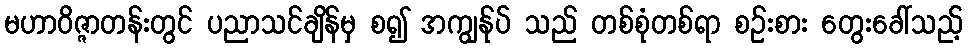
မဟာဝိဇ္ဇာတန်းတွင် ပညာသင်ချိန်မှ စ၍ အကျွန်ုပ် သည် တစ်စုံတစ်ရာ စဉ်းစား တွေးခေါ်သည့်